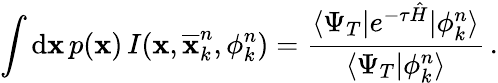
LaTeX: \int\mathrm{d}\textbf{x}\, p(\textbf{x})\, I(\textbf{x},\overline{{\textbf{x}}}_{k}^{n},\phi_{k}^{n})=\frac{\langle\Psi_{T}|e^{-\tau\hat{H}}|\phi_{k}^{n}\rangle}{\langle\Psi_{T}|\phi_{k}^{n}\rangle}\, .